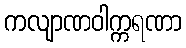
ကလျာဏဝါက္ကရဏာ